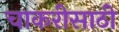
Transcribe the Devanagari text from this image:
चाकरीसाठी